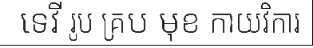
ទេវី រូប គ្រប មុខ កាយវិការ